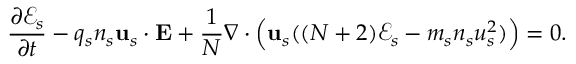
\frac { \partial \mathcal { E } _ { s } } { \partial t } - q _ { s } n _ { s } \mathbf { u } _ { s } \cdot \mathbf { E } + \frac { 1 } { N } \nabla \cdot \Big ( \mathbf { u } _ { s } ( ( N + 2 ) \mathcal { E } _ { s } - m _ { s } n _ { s } u _ { s } ^ { 2 } ) \Big ) = 0 .